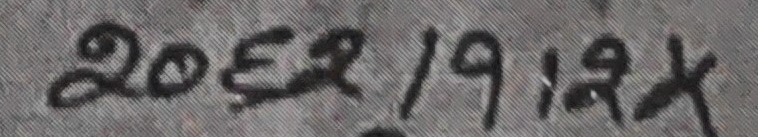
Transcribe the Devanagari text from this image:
२०६९१९१९x